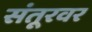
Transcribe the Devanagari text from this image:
संतूरवर